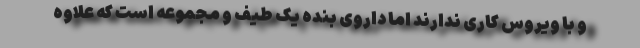
و با ویروس کاری ندارند اما داروی بنده یک طیف و مجموعه است که علاوه